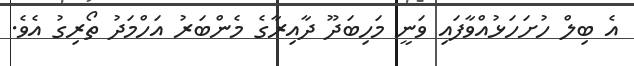
އެ ބިލް ހުށަހަޅުއްވާފައި ވަނީ މަހިބަދޫ ދާއިރާގެ މެންބަރު އަހްމަދު ތޯރިގު އެވެ.